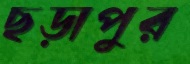
ছড়াপুর